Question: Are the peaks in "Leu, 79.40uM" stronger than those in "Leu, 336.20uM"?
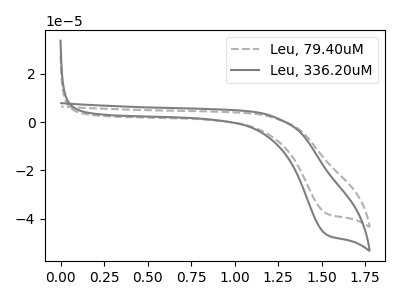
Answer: <think>The gray dashed curve "Leu, 79.40uM" has a cathodic peak at: (1.55V, -37.85uA). The gray curve "Leu, 336.20uM" has a cathodic peak at: (1.55V, -46.55uA).</think>
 <answer>Every peak in "Leu, 79.40uM" is lower than every peak in "Leu, 336.20uM".</answer>
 <eval>lower</eval>